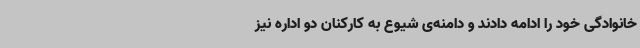
خانوادگی خود را ادامه دادند و دامنه‌ی شیوع به کارکنان دو اداره نیز